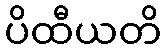
ပိထီယတိ